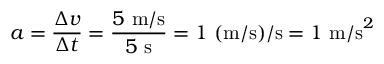
a = { \frac { \Delta v } { \Delta t } } = { \frac { 5 { \mathrm { ~ m / s } } } { 5 { \mathrm { ~ s } } } } = 1 { \mathrm { ~ ( m / s ) / s } } = 1 { \mathrm { ~ m / s } } ^ { 2 }